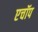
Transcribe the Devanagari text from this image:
एचॉप